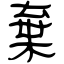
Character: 棄